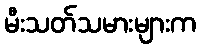
မီးသတ်သမားများက